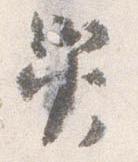
災